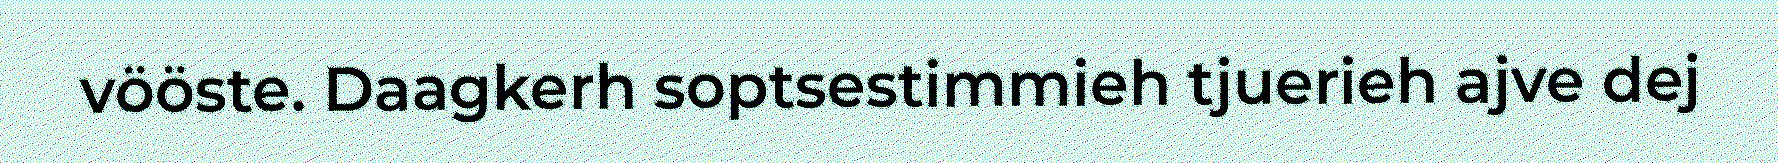
vööste. Daagkerh soptsestimmieh tjuerieh ajve dej